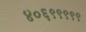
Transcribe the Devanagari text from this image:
४०६९९९९९